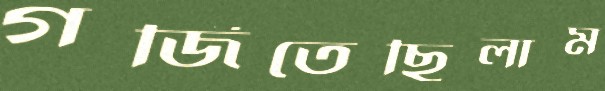
গর্জিতেছিলাম